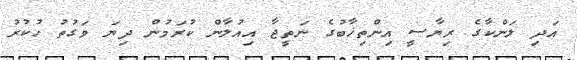
އަދި ލަންކާގެ ރިޔާސީ އިންތިޚާބުގެ ނަތީޖާ އިއުލާން ކުރަމުން ދިޔަ ވަގުތު ހުކުރު